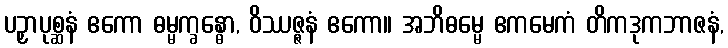
ပဉှာပုစ္ဆနံ ဧကော ဓမ္မက္ခန္ဓော, ဝိဿဇ္ဇနံ ဧကော။ အဘိဓမ္မေ ဧကမေကံ တိကဒုကဘာဇနံ,